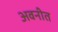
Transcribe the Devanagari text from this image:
अवनीत